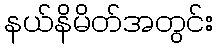
နယ်နိမိတ်အတွင်း